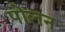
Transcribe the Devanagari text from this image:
पोलन